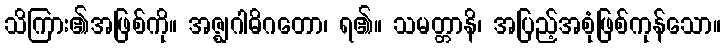
သိကြား၏အဖြစ်ကို။ အဇ္ဈဂါဓိဂတော၊ ရ၏။ သမတ္တာနိ၊ အပြည့်အစုံဖြစ်ကုန်သော။